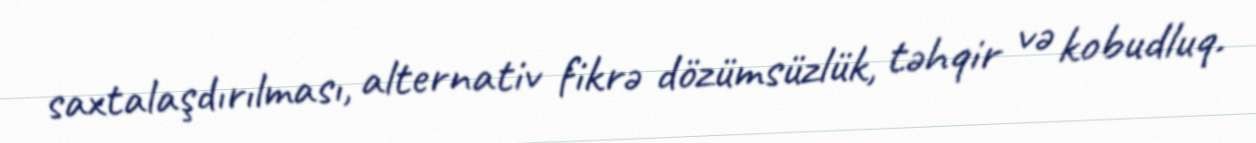
saxtalaşdırılması, alternativ fikrə dözümsüzlük, təhqir və kobudluq.